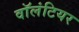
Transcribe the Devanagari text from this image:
वाॅलंटियर